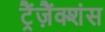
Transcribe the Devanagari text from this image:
ट्रैंज़ैंक्शंस